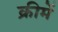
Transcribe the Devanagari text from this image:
क्रीमें